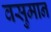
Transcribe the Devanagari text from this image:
वसुमान